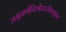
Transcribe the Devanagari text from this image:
समुत्कर्षनिःश्रेयस्यैकमुग्रम्‌